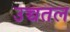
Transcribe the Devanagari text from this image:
उच्चतल